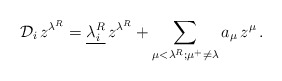
\begin{align*}{\mathcal D}_i \, z^{\lambda^{R}} = \underline{{ \lambda}_i^R} \,z^{\lambda^{R}} +\sum_{\mu< \lambda^{R}; \mu^+ \neq \lambda} a_{\mu} \, z^{\mu} \, .\end{align*}